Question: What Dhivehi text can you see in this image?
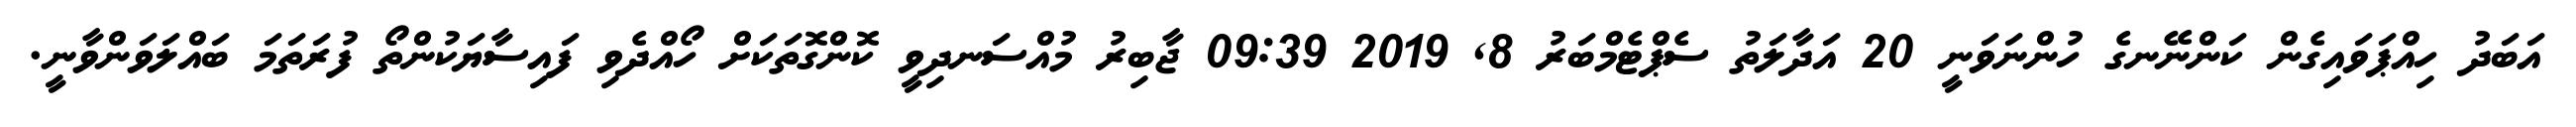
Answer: އަބަދު ހިއްޕަވައިގެން ކަންނޭނގެ ހުންނަވަނީ 20 އަދާލަތު ސެޕްޓެމްބަރު 8, 2019 09:39 ޖާބިރު މުއްސަނދިވީ ކޮންގޮތަކަށް ހޯއްދެވި ފައިސާޔަކުންތޯ ފުރަތަމަ ބައްލަވަންވާނީ.